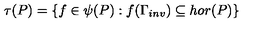
\tau ( P ) = \{ f \in \psi ( P ) : f ( \Gamma _ { i n v } ) \subseteq h o r ( P ) \}